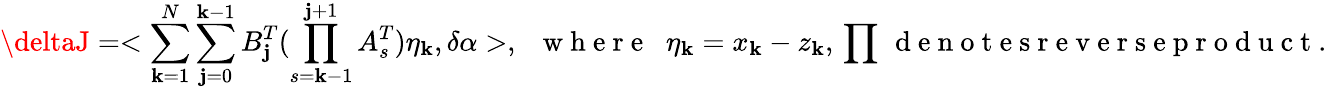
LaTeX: \deltaJ=<\sum_{\mathbf{k}=1}^{N}\sum_{\mathbf{j}=0}^{\mathbf{k}-1}B_{\mathbf{j}}^{T}(\prod_{s=\mathbf{k}-1}^{\mathbf{j}+1}A_{s}^{T})\eta_{\mathbf{k}},\delta\alpha>,\; \; \mathrm{{~w~h~e~r~e~}}\; \; \eta_{\mathbf{k}}=x_{\mathbf{k}}-z_{\mathbf{k}},\, \prod\, \mathrm{{~d~e~n~o~t~e~s~r~e~v~e~r~s~e~p~r~o~d~u~c~t~.~}}